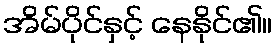
အိမ်ပိုင်နှင့် နေနိုင်၏။